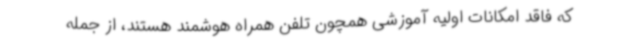
که فاقد امکانات اولیه آموزشی همچون تلفن همراه هوشمند هستند، از جمله